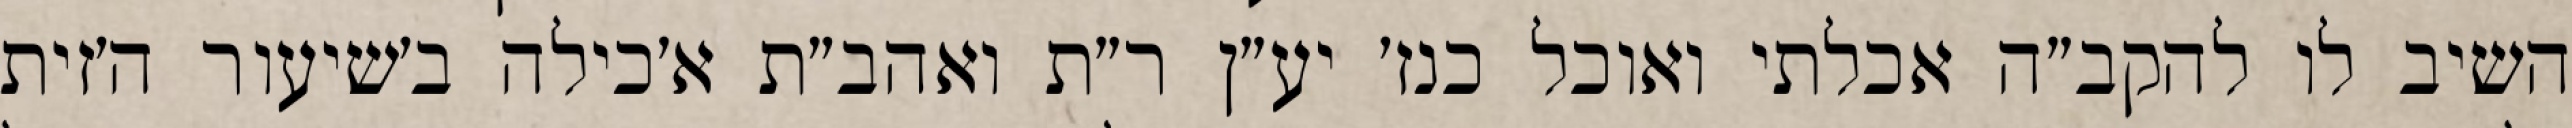
השיב לו להקב״ה אכלתי ואוכל כנז׳ יע״ן ר״ת ואהב״ת א׳כילה ב׳שיעור ה׳זית